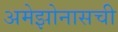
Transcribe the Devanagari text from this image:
अमेझोनासची